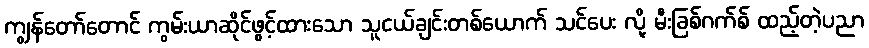
ကျွန်တော်တောင် ကွမ်းယာဆိုင်ဖွင့်ထားသော သူငယ်ချင်းတစ်ယောက် သင်ပေး လို့ မီးခြစ်ဂက်စ် ထည့်တဲ့ပညာ